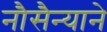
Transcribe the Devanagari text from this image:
नौसैन्याने